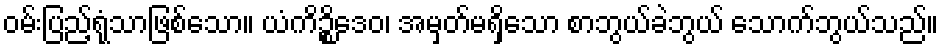
ဝမ်းပြည့်ရုံသာဖြစ်သော။ ယံကိဉ္စိဒေဝ၊ အမှတ်မရှိသော စာဘွယ်ခဲဘွယ် သောက်ဘွယ်သည်။